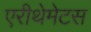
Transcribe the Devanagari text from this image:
एरीथेमेटस